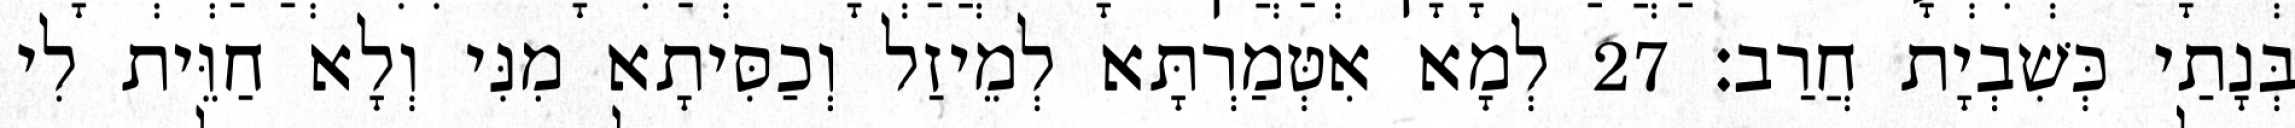
בְּנָתַי כְּשִׁבְיָת חֲרַב׃ 27 לְמָא אִטְּמַרְתָּא לְמֵיזַל וְכַסִּיתָא מִנִּי וְלָא חַוֵּית לִי